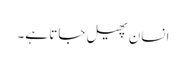
انسان پھیل جاتا ہے۔